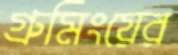
গ্রুমিংয়ের